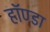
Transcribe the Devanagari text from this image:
हॉण्डा